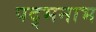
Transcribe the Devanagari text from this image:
पद्भनाभ